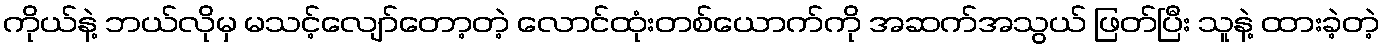
ကိုယ်နဲ့ ဘယ်လိုမှ မသင့်လျော်တော့တဲ့ လောင်ထုံးတစ်ယောက်ကို အဆက်အသွယ် ဖြတ်ပြီး သူနဲ့ ထားခဲ့တဲ့